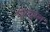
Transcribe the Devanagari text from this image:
पोस्चुरल